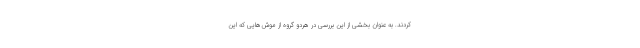
کردند. به عنوان بخشی از این بررسی در هردو گروه از موش‌هایی که این